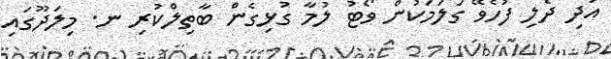
އަދި ދެލި ފުހެވޭ ގަލަމަކުން ވޯޓު ލުމާ ގުޅިގެން ބާތިލްކުރި ނ. މިލަދޫގައި